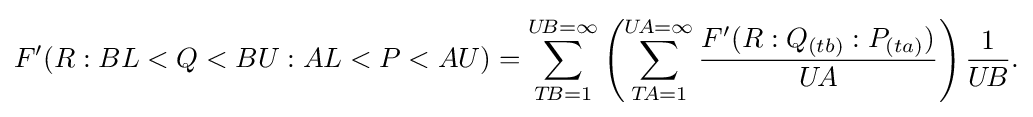
F'(R:BL<Q<BU:AL<P<AU)=\sum _{T\!B=1}^{U\!B=\infty }\left(\sum _{T\!A=1}^{U\!A=\infty }{\frac {F'(R:Q_{(tb)}:P_{(ta)})}{U\!A}}\right){\frac {1}{U\!B}}.\,\!